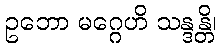
ဥဘော မဂ္ဂေဟိ သန္ဒန္တိ၊